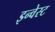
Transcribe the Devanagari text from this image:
इन्वेस्ट